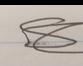
Signature authenticity: forged